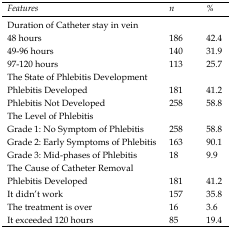
<table><thead><tr><td><b><i>Features</i></b></td><td><b><i>n</i></b></td><td><b><i>%</i></b></td></tr></thead><tbody><tr><td>Duration of Catheter stay in vein </td><td></td><td></td></tr><tr><td>48 hours </td><td>186</td><td>42.4</td></tr><tr><td>49-96 hours</td><td>140</td><td>31.9</td></tr><tr><td>97-120 hours</td><td>113</td><td>25.7</td></tr><tr><td>The State of Phlebitis Development</td><td></td><td></td></tr><tr><td>Phlebitis Developed</td><td>181</td><td>41.2</td></tr><tr><td>Phlebitis Not Developed</td><td>258</td><td>58.8</td></tr><tr><td>The Level of Phlebitis </td><td></td><td></td></tr><tr><td>Grade 1: No Symptom of Phlebitis </td><td>258</td><td>58.8</td></tr><tr><td>Grade 2: Early Symptoms of Phlebitis </td><td>163</td><td>90.1 </td></tr><tr><td>Grade 3: Mid-phases of Phlebitis </td><td>18</td><td>9.9 </td></tr><tr><td>The Cause of Catheter Removal</td><td></td><td></td></tr><tr><td>Phlebitis Developed</td><td>181</td><td>41.2</td></tr><tr><td>It didn’t work</td><td>157</td><td>35.8</td></tr><tr><td>The treatment is over</td><td>16</td><td>3.6</td></tr><tr><td>It exceeded 120 hours</td><td>85</td><td>19.4</td></tr></tbody></table>